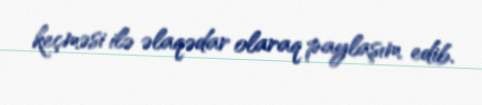
keçməsi ilə əlaqədar olaraq paylaşım edib.